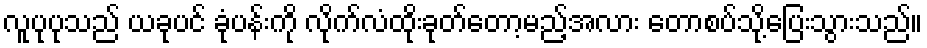
လူပုပုသည် ယခုပင် ခုံပန်းကို လိုက်လံထိုးခုတ်တော့မည့်အလား တောစပ်သို့ပြေးသွားသည်။